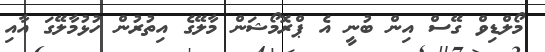
މޯލްޑިވް ގޭސް އިން ބުނީ އެ ޕްރޮމޯޝަން މާލޭގެ އިތުރުން ހުޅުމާލޭގަ އާއި